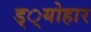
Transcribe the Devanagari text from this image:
ड््योहार